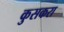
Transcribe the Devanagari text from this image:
कुसकरा